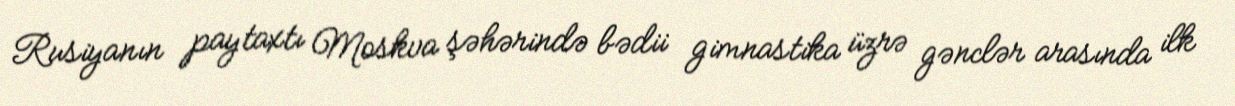
Rusiyanın paytaxtı Moskva şəhərində bədii gimnastika üzrə gənclər arasında ilk